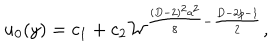
u _ { 0 } ( y ) = c _ { 1 } + c _ { 2 } { \cal W } ^ { { \frac { ( D - 2 ) ^ { 2 } a ^ { 2 } } { 8 } } - { \frac { D - 2 p - 1 } { 2 } } } ,